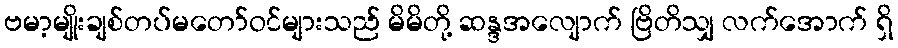
ဗမာ့မျိုးချစ်တပ်မတော်ဝင်များသည် မိမိတို့ ဆန္ဒအလျောက် ဗြိတိသျှ လက်အောက် ရှိ